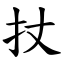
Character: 扙